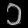
Digit: ၁